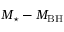
M _ { \star } - M _ { \mathrm { B H } }